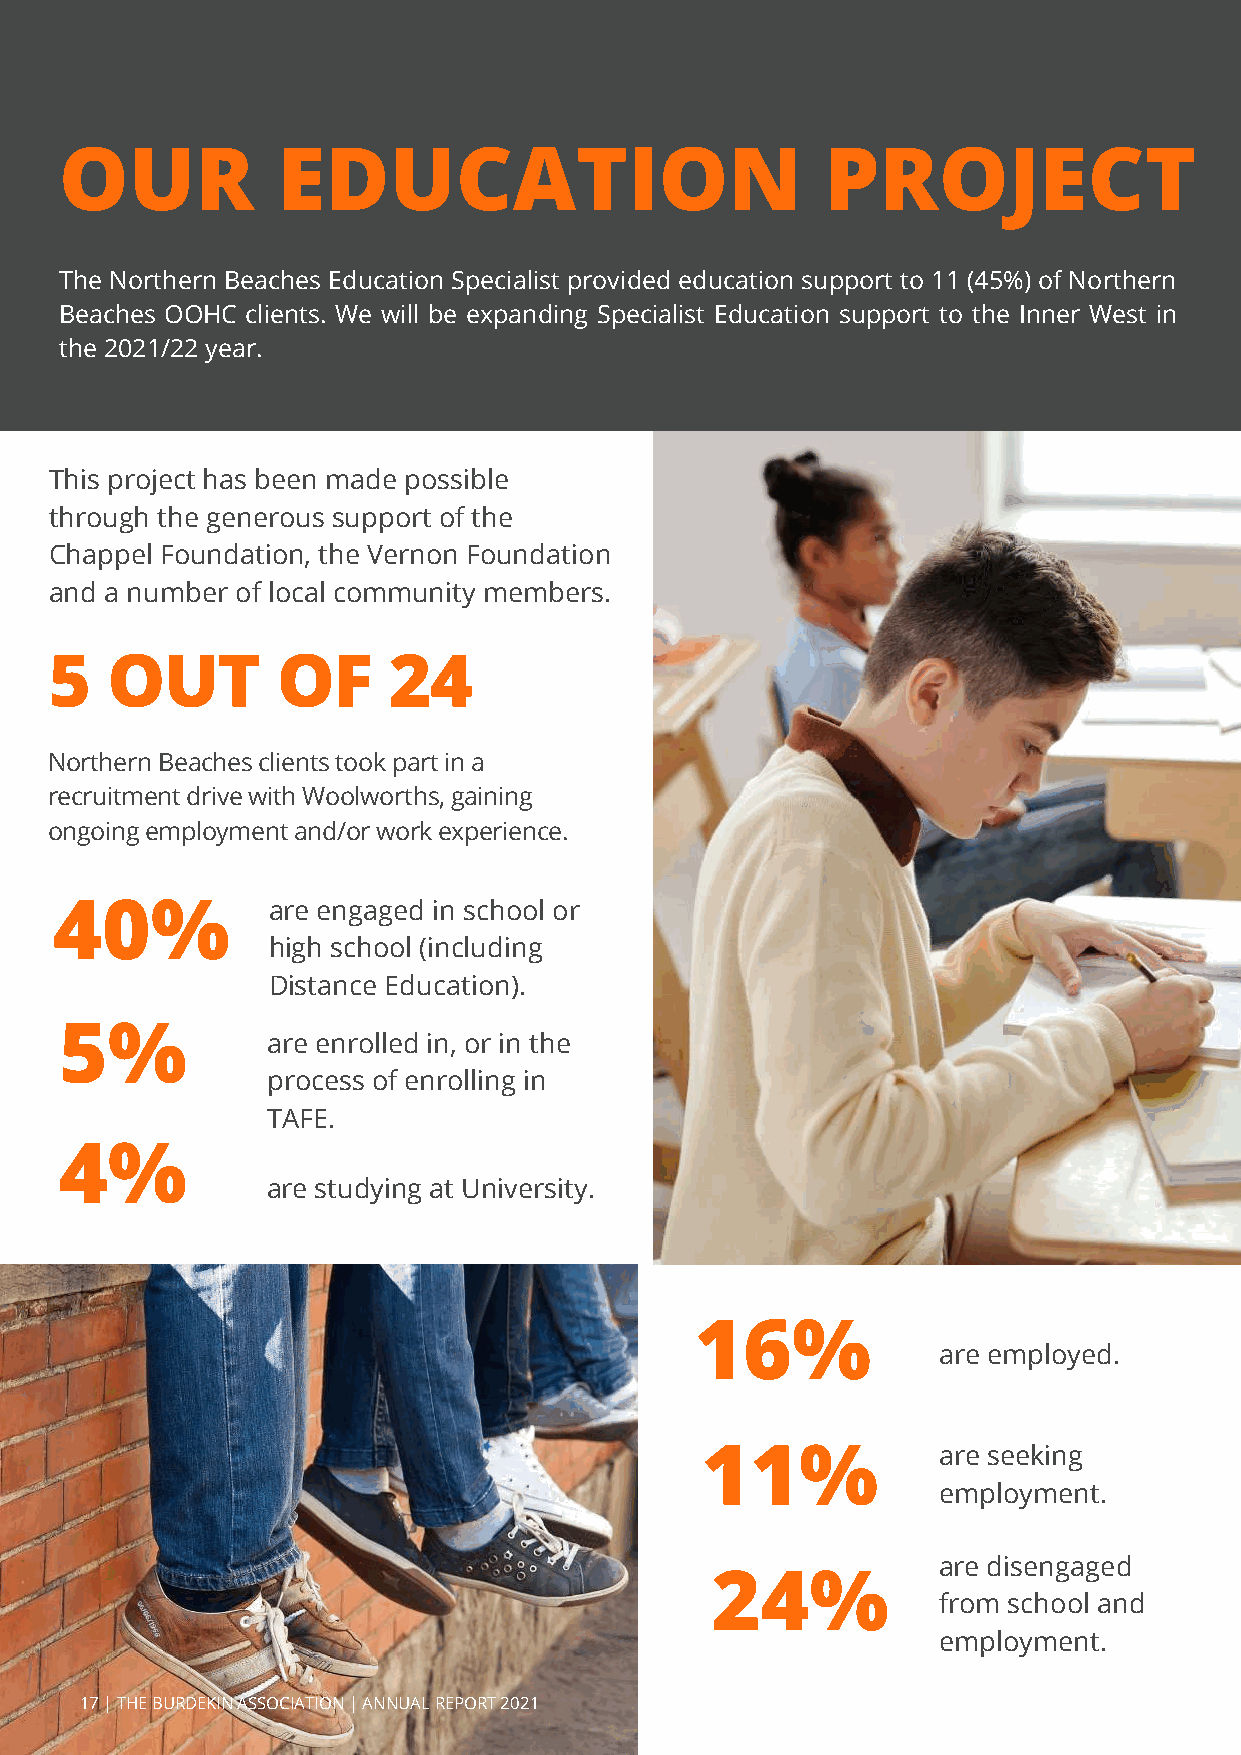
OUR           EDUCATION                            PROJECT
 The Northern Beaches Education Specialist provided education support to 11 (45%) of Northern
 Beaches OOHC clients. We will be expanding Specialist Education support to the Inner West in
 the 2021/22 year.
 This project has been made possible
 through the generous support of the
 Chappel Foundation, the Vernon Foundation
 and a number of local community members.
 5   OUT        OF      24
 Northern Beaches clients took part in a
 recruitment drive with Woolworths, gaining
 ongoing employment and/or work experience.
 40%           are engaged in school or
 high school (including
 Distance Education).
 5%
 are enrolled in, or in the
 process of enrolling in
 TAFE.
 4%
 are studying at University.
 16%
 are employed.
 11%             are seeking
 employment.
 are disengaged
 24%
 from school and
 employment.
 17 | THE BURDEKIN ASSOCIATION | ANNUAL REPORT 2021